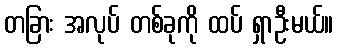
တခြား အလုပ် တစ်ခုကို ထပ် ရှာဦးမယ်။